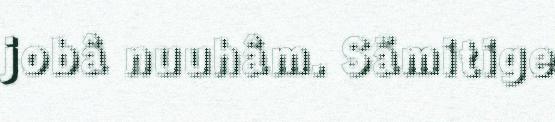
jobâ nuuhâm. Sämitige